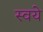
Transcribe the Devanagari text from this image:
स्वये